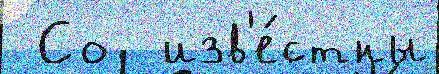
 Со  изв'е́стны